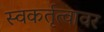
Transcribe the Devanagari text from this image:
स्वकर्तृत्वावर